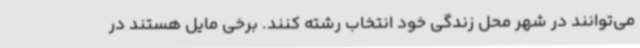
می‌توانند در شهر محل زندگی خود انتخاب رشته کنند. برخی مایل هستند در